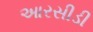
આરસીડી